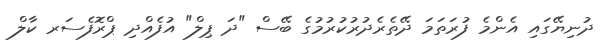
ދުނިޔޭގައި އެންމެ ފުރަތަމަ ދޭތެރެދުރުކުރުމުގެ ބޭސް "ދަ ޕިލް" އުފެއްދި ޕްރޮފެސަރ ކާލް